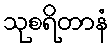
သုစရိတာနံ